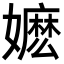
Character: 嬷